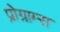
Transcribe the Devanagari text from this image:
प्रोग्राम्‍स